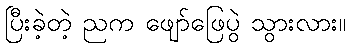
ပြီးခဲ့တဲ့ ညက ဖျော်ဖြေပွဲ သွားလား။